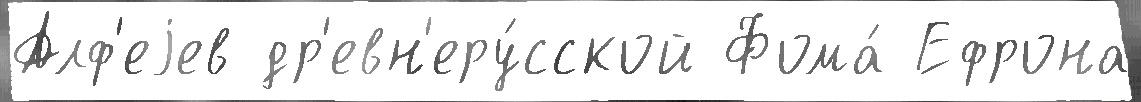
Алф'еjев др'евн'еру́сской Фома́ Ефрона